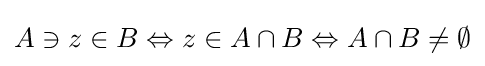
A\ni z\in B\Leftrightarrow z\in A\cap B\Leftrightarrow A\cap B\neq \emptyset